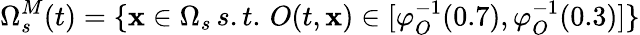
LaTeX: \Omega_{s}^{M}(t)=\{ \mathbf{x}\in\Omega_{s}\, s.t.\, O(t,\mathbf{x})\in[\varphi_{O}^{-1}(0.7),\varphi_{O}^{-1}(0.3)]\}